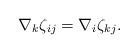
LaTeX: \begin{align*}\nabla_k\zeta_{ij}=\nabla_i\zeta_{kj}. \end{align*}